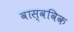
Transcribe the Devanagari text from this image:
वास्वविक